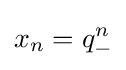
x_{n}=q_{-}^{n}